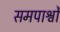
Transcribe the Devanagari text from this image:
समपार्श्वों